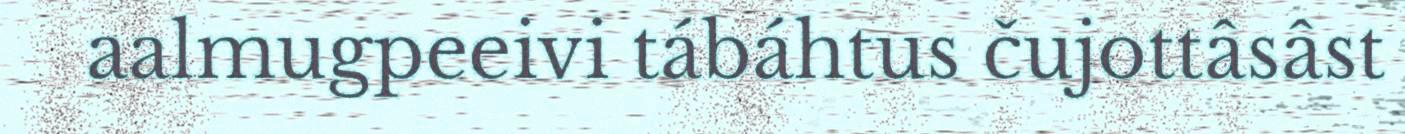
aalmugpeeivi tábáhtus čujottâsâst